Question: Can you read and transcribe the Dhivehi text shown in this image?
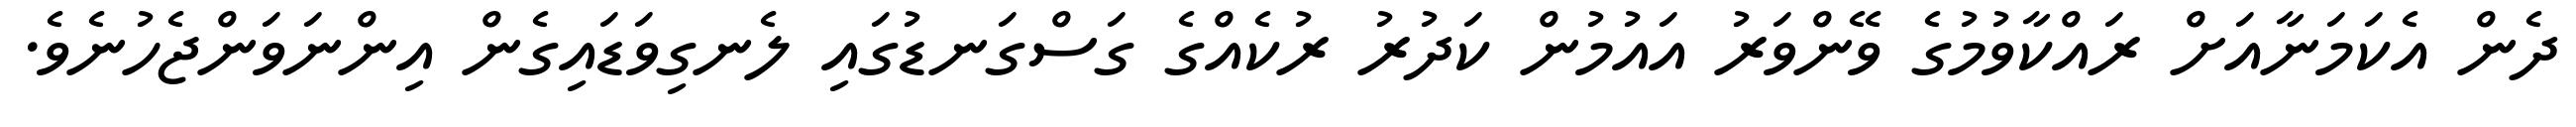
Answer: ދެން އެކަމަނާއަށް ރައްކާވުމުގެ ވޭންވަރު އައުމުން ކަދުރު ރުކެއްގެ ގަސްގަނޑުގައި ލެނގިވަޑައިގެން އިންނަވަންޖެހުނެވެ.